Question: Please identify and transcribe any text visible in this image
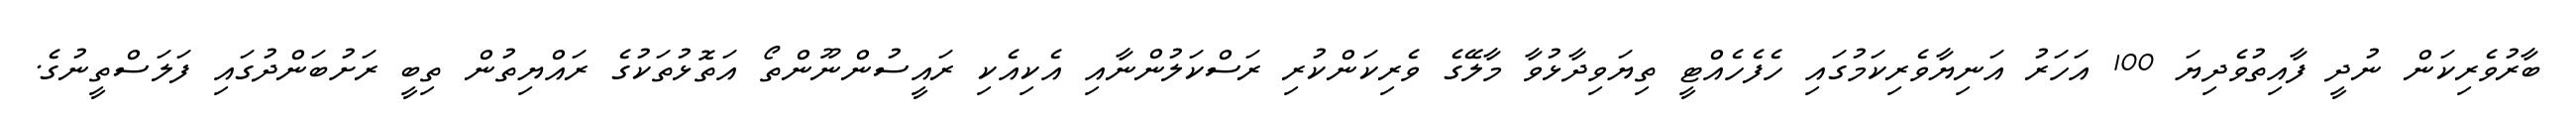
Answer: ބާރުވެރިކަން ނުދީ ފާއިތުވެދިޔަ 100 އަހަރު އަނިޔާވެރިކަމުގައި ހެފެހެއްޓީ ތިޔަވިދާޅުވާ މާލޭގެ ވެރިކަންކުރި ރަސްކަލުންނާއި އެކިއެކި ރައީސުންނޫންތޯ އަތޮޅުތަކުގެ ރައްޔިތުން ތިބީ ރަށުބަންދުގައި ފަލަސްތީނުގެ.